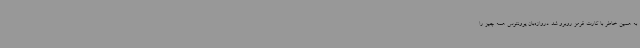
به همین خاطر با کارت قرمز روبرو شد. دروازه‌بان یوونتوس همه چیز را